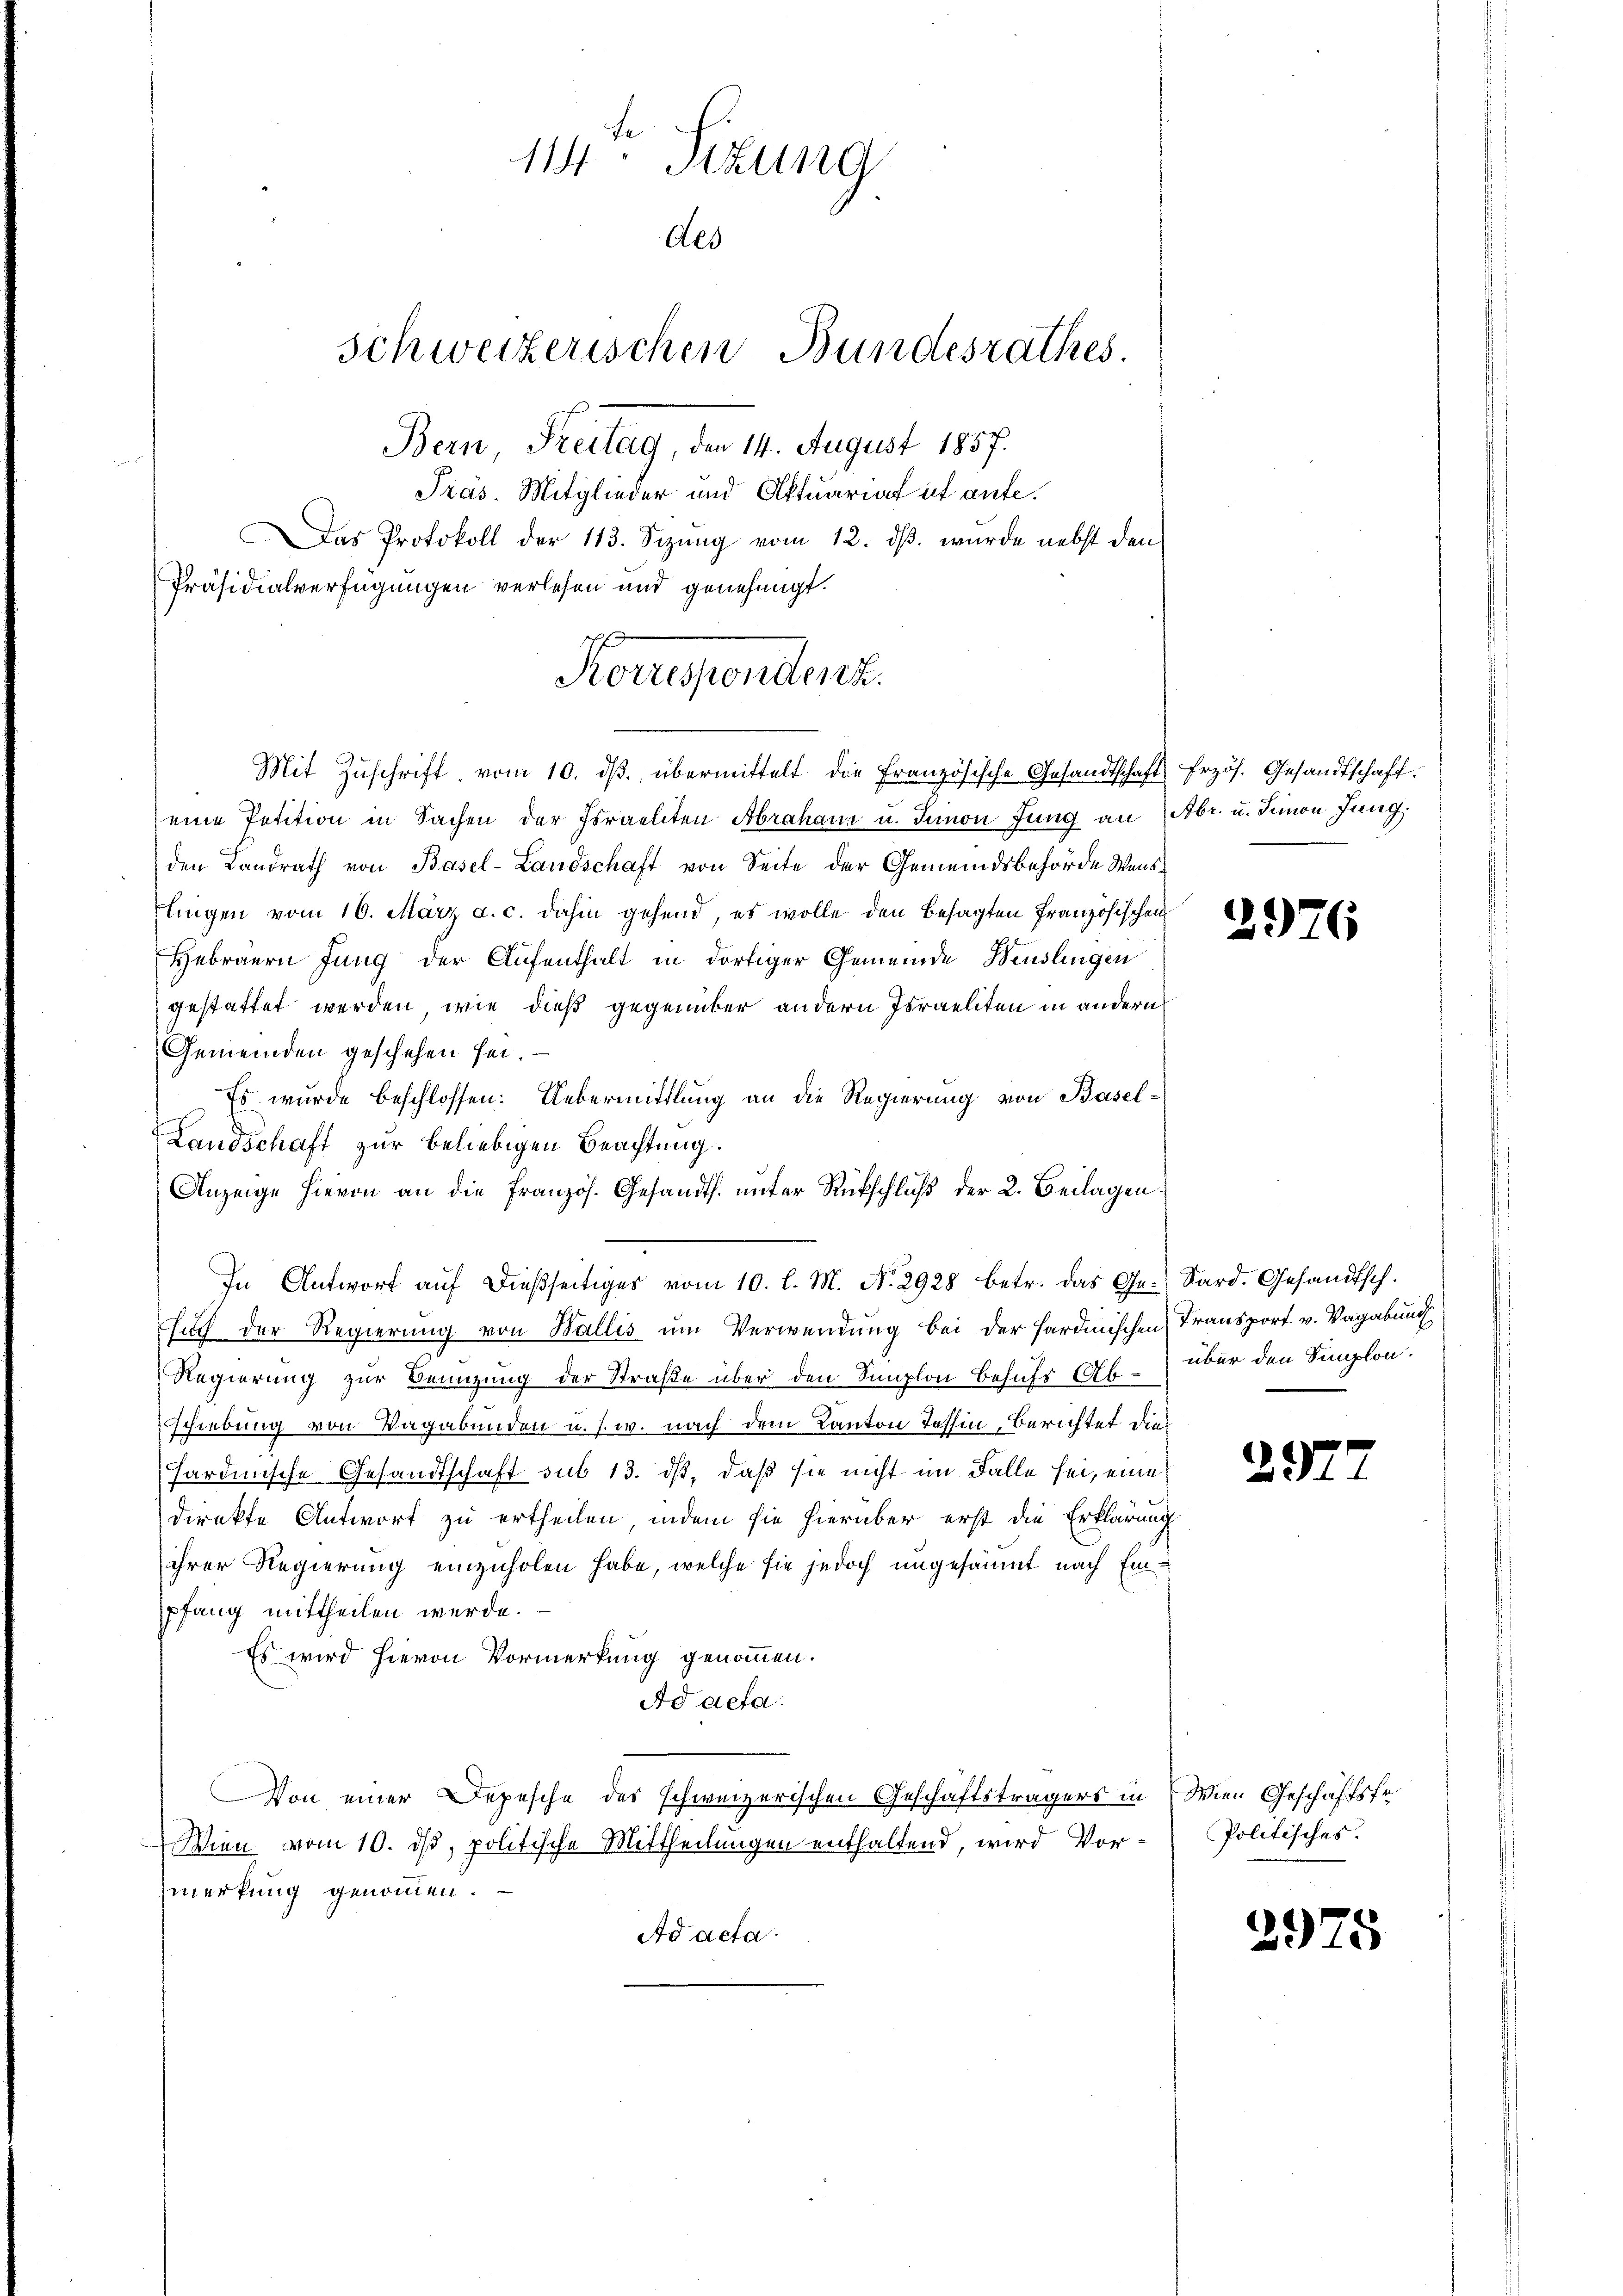
Das Protokoll der 113. Sizŭng vom 12. dβ. wurde nebst den
Präsidialverfügungen verlesen und genehmigt.
eine Petition in Sachen der Israeliten Abrahane u. Innon Jung an Abr. u. Simon Jung.
den Landrath von Basel-Landschaft von Seite der Gemeindsbehörde Wenslingen vom 16. März a. c. dahin gehend, es wolle den besagten Französischen
Hebräern Jung der Aufenthalt in dortiger Gemeinde Beuslingen
gestattet werden, wie dieß gegenüber andern Israeliten in andern
Gemeinden geschehen sei.
Es wurde beschlossen: Uebermittlung an die Regierung von Basel¬
Landschaft zur beliebigen Beachtung.
Anzeige hievon an die Französ. Gesandts. unter Rückschluß der 2. Beilagen
In Antwort aŭf dießseitiges vom 10. l. M. N. 2928 betr. das Ge- Sard. Gesandtsch.
Euch der Regierung von Wallis um Verwendung bei der Hardinischen Transport v. Vagabung
Regierung zur Benuzung der Straße über den Semplon behufs 14. über den Simplon.
schiebung von Vagabunden u. s. w. nach dem Kanton Tessin, Berichtet dies
sardinische Gesandtschaft sub 13. dß, daß sie nicht im Falle sei, eine
direkte Antwort zu ertheilen, indem sie hierüber erst die Erklärung
ihrer Regierung einzuholen habe, welche sie jedoch ungesäumt nach Einpfang mittheilen werde.
Es wird hievon Vormerkung genommen.
Ad acta.
Von einer Depesche des schweizerischen Geschäftsträgers in Wien Geschäftsfr
Wien vom 10. ds, politische Mittheilungen enthaltend, wird Vormerkung genommen.
Ad acta

114 Sekung
Als
schweizerischen Bundesrathes.
Bern Freitag, den 14. August 1857.
Präs. Mitglieder und Aktuariat it aufe¬

Korrespondirek
Mit Zŭschrift vom 10. dβ übermittelt die französische Gesandtschaft Erzös. Gesandtschaft.

2976

2972

Politisches.

2975